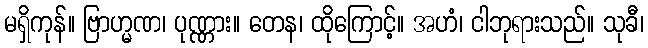
မရှိကုန်။ ဗြာဟ္မဏ၊ ပုဏ္ဏား။ တေန၊ ထိုကြောင့်။ အဟံ၊ ငါဘုရားသည်။ သုခီ၊